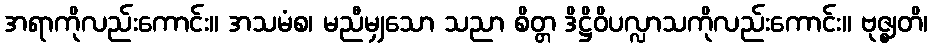
အရာကိုလည်းကောင်း။ အသမံစ၊ မညီမျှသော သညာ စိတ္တ ဒိဋ္ဌိဝိပလ္လာသကိုလည်းကောင်း။ ဗုဇ္ဈတိ၊